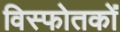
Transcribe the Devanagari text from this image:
विस्फोतकों